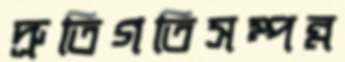
দ্রুতিগতিসম্পন্ন